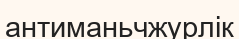
антиманьчжурлік